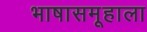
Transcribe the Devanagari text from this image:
भाषासमूहाला